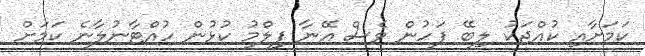
ކަމަށާއި ކުއްޖަކު ލިބޭ ފަހުން ވެސް އޭނާ ފިލްމު ކުޅުން ހުއްޓާނުލާނެ ކަމަށް